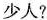
少人?